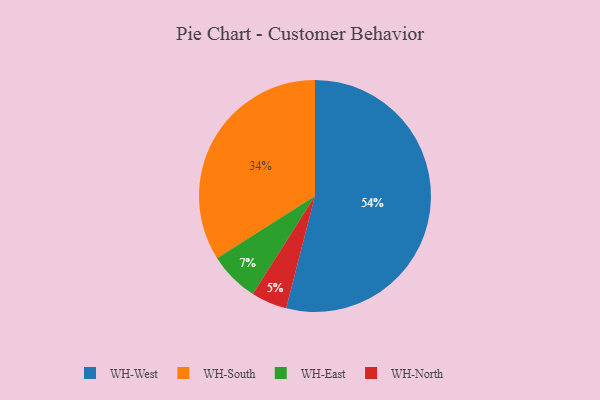
{"axis": {"x": "Category", "y": "Percentage"}, "legend": ["WH-East", "WH-North", "WH-South", "WH-West"], "data": [{"x": "WH-South", "y": 34, "type": "WH-South"}, {"x": "WH-North", "y": 5, "type": "WH-North"}, {"x": "WH-East", "y": 7, "type": "WH-East"}, {"x": "WH-West", "y": 54, "type": "WH-West"}]}